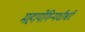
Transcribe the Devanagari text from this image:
महायेगिन्यधीश्वरि